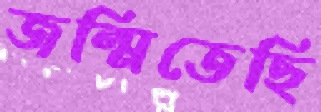
জন্মিতেছি